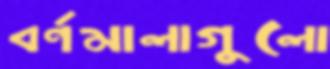
বর্ণমালাগুলো